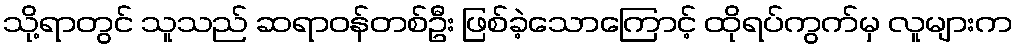
သို့ရာတွင် သူသည် ဆရာဝန်တစ်ဦး ဖြစ်ခဲ့သောကြောင့် ထိုရပ်ကွက်မှ လူများက